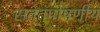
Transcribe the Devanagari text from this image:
सततपोषणीय